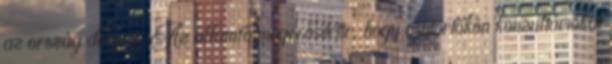
az ország dolgait. Az államfő megerősítette, hogy csütörtökön konzultációkat